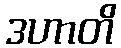
ဒဟာတိ